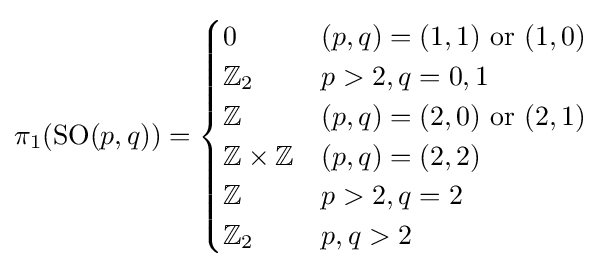
\pi _{1}({\mbox{SO}}(p,q))={\begin{cases}0&(p,q)=(1,1){\mbox{ or }}(1,0)\\\mathbb {Z} _{2}&p>2,q=0,1\\\mathbb {Z} &(p,q)=(2,0){\mbox{ or }}(2,1)\\\mathbb {Z} \times \mathbb {Z} &(p,q)=(2,2)\\\mathbb {Z} &p>2,q=2\\\mathbb {Z} _{2}&p,q>2\\\end{cases}}